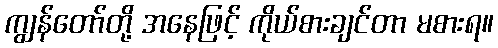
ကျွန်တော်တို့ အနေဖြင့် ကိုယ်စားချင်တာ မစားရ။